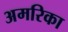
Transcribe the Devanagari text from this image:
अमरिका